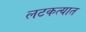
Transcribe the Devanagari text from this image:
लटकत्यात